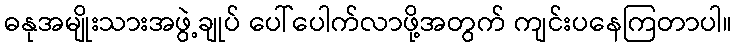
ဓနုအမျိုးသားအဖွဲ့ချုပ် ပေါ်ပေါက်လာဖို့အတွက် ကျင်းပနေကြတာပါ။